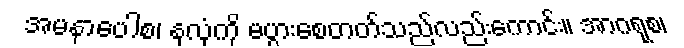
အမနာပေါစ၊ နှလုံကို မပွားစေတတ်သည်လည်းကောင်း။ အာဂရုစ၊